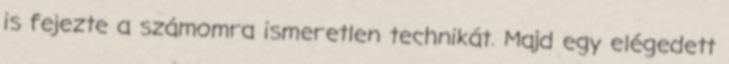
is fejezte a számomra ismeretlen technikát. Majd egy elégedett